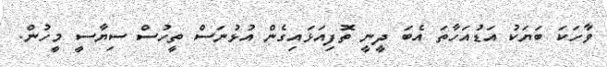
ވާހަކަ ބަޔަކު އަޑުއަހާތަ އެބަ ދީނީ ތޮފިއަޅައިގެން އުޅުނަސް ތީހުސް ސިޔާސީ މީހުން.